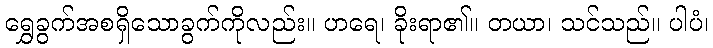
ရွှေခွက်အစရှိသောခွက်ကိုလည်း။ ဟရေ၊ ခိုးရာ၏။ တယာ၊ သင်သည်။ ပါပံ၊